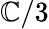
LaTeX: \mathbb{C}/3